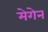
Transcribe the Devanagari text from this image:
मेगेन